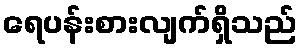
ရေပန်းစားလျက်ရှိသည်